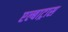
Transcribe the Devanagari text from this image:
एल्बाट्रास